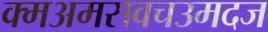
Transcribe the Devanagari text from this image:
क्मअमसवचउमदज